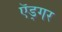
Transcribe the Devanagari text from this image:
ऍड्गर